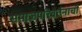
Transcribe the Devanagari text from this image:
समाजपरिवर्तनाची